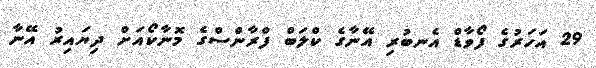
29 އަހަރުގެ ފޯވާޑް އެނބުރި އޭނާގެ ކްލަބް ފްރާންސްގެ މޮނާކޯއަށް ދިޔައިރު އޭނާ